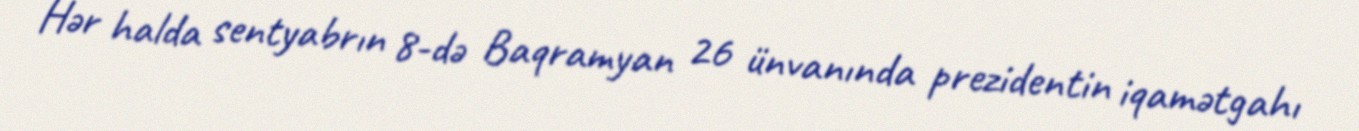
Hər halda sentyabrın 8-də Baqramyan 26 ünvanında prezidentin iqamətgahı